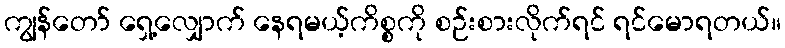
ကျွန်တော် ရှေ့လျှောက် နေရမယ့်ကိစ္စကို စဉ်းစားလိုက်ရင် ရင်မောရတယ်။